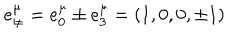
e _ { \pm } ^ { \mu } = e _ { 0 } ^ { \mu } \pm e _ { 3 } ^ { \mu } = \left( 1 , 0 , 0 , \pm 1 \right)